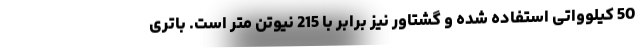
50 کیلوواتی استفاده شده و گشتاور نیز برابر با 215 نیوتن متر است. باتری